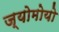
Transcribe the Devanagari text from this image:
ज्योमोयो